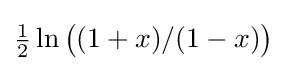
{\tfrac {1}{2}}\ln {\bigl (}(1+x)/(1-x){\bigr )}